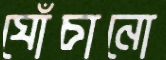
ঘোঁচানো